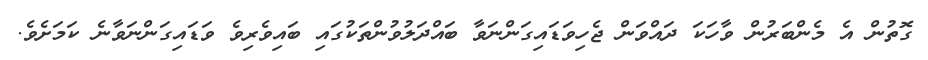
ގޮތުން އެ މެންބަރުން ވާހަކަ ދައްވަން ޖެހިވަޑައިގަންނަވާ ބައްދަލުވުންތަކުގައި ބައިވެރިވެ ވަޑައިގަންނަވާނެ ކަމަށެވެ.